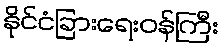
နိုင်ငံခြားရေးဝန်ကြီး